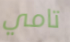
تامي